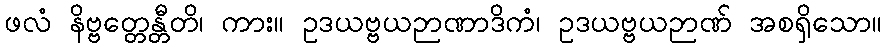
ဖလံ နိဗ္ဗတ္တေန္တီတိ၊ ကား။ ဥဒယဗ္ဗယဉာဏာဒိကံ၊ ဥဒယဗ္ဗယဉာဏ် အစရှိသော။